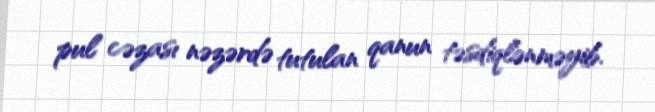
pul cəzası nəzərdə tutulan qanun təsdiqlənməyib.